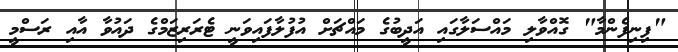
"ފިނިފެންމާ" ގޮއްވާލި މައްސަލާގައި އަދީބުގެ މައްޗަށް އުފުލާފައިވަނީ ޓެރަރިޒަމްގެ ދައުވާ އާއި ރަސްމީ